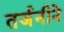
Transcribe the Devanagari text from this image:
तर्जनीने